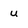
Character: u